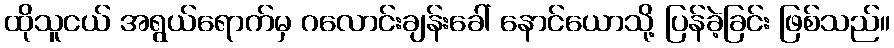
ထိုသူငယ် အရွယ်ရောက်မှ ဂလောင်းချန်းခေါ် နောင်ယောသို့ ပြန်ခဲ့ခြင်း ဖြစ်သည်။